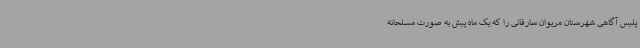
پلیس آگاهی شهرستان مریوان سارقانی را که یک ماه پیش به صورت مسلحانه